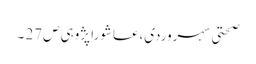
صحتی سہروردی،عاشورا پژوہی ص27 ۔